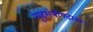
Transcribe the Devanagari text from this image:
गृहमंत्रीपदावर